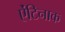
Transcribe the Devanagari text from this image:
ऐंटिनाक